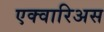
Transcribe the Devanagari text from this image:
एक्वारिअस